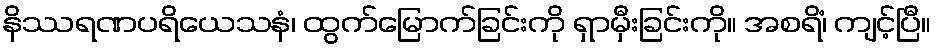
နိဿရဏပရိယေသနံ၊ ထွက်မြောက်ခြင်းကို ရှာမှီးခြင်းကို။ အစရိံ၊ ကျင့်ပြီ။